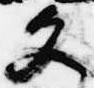
文